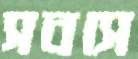
সবসে